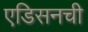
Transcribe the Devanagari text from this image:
एडिसनची